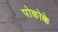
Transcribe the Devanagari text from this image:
पोकोक्के